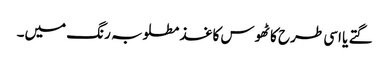
گتے یا اسی طرح کا ٹھوس کاغذ مطلوبہ رنگ میں۔